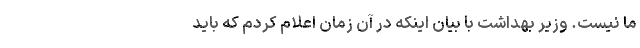
ما نیست. وزیر بهداشت با بیان اینکه در آن زمان اعلام کردم که باید